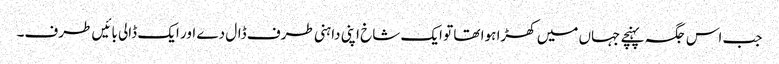
جب اس جگہ پہنچے جہاں میں کھڑا ہوا تھا تو ایک شاخ اپنی داہنی طرف ڈال دے اور ایک ڈالی بائیں طرف۔